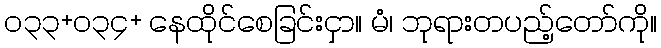
၀၃၃+၀၃၄+ နေထိုင်စေခြင်းငှာ။ မံ၊ ဘုရားတပည့်တော်ကို။